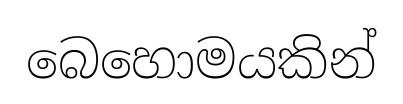
බෙහොමයකින්